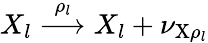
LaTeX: X_{l}\overset{\rho_{l}}\longrightarrow X_{l}+\nu_{\mathrm{X}\rho_{l}}